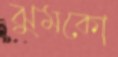
ঝুমকো